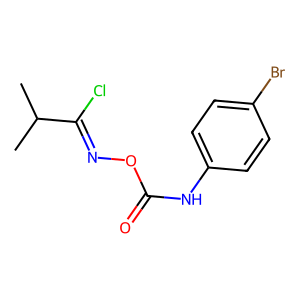
SMILES: CC(C)C(Cl)=NOC(=O)Nc1ccc(Br)cc1
Inhibits HIV replication: No